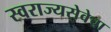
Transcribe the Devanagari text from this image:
स्वराज्यसेवेचा